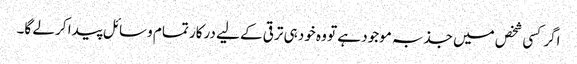
اگر کسی شخص میں جذبہ موجود ہے تو وہ خود ہی ترقی کے لیے درکار تمام وسائل پیدا کر لے گا۔